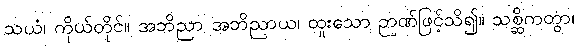
သယံ၊ ကိုယ်တိုင်။ အဘိညာ အဘိညာယ၊ ထူးသော ဉာဏ်ဖြင့်သိ၍။ သစ္ဆိကတွာ၊